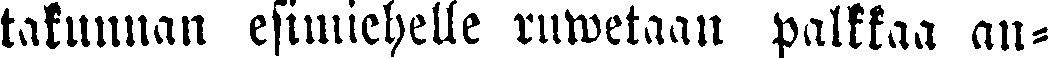
takunuan esimiehelle ruwetaan palkkaa an-